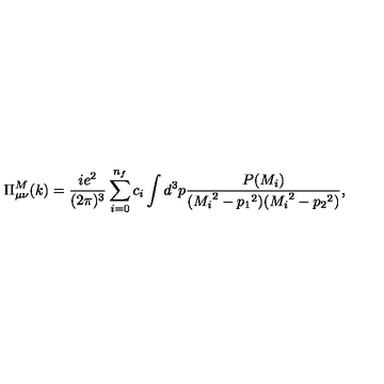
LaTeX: \Pi _ { \mu \nu } ^ { M } ( k ) = \frac { i e ^ { 2 } } { ( 2 \pi ) ^ { 3 } } \sum _ { i = 0 } ^ { n _ { f } } c _ { i } \int d ^ { 3 } p \frac { P ( M _ { i } ) } { ( { M _ { i } } ^ { 2 } - { p _ { 1 } } ^ { 2 } ) ( { M _ { i } } ^ { 2 } - { p _ { 2 } } ^ { 2 } ) } ,